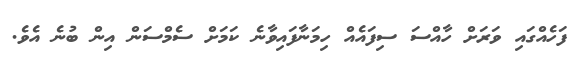
ފަހެއްގައި ވަރަށް ހާއްސަ ސިފައެއް ހިމަނާފައިިވާނެ ކަމަށް ސެމްސަން އިން ބުނެ އެވެ.